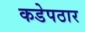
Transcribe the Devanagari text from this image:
कडेपठार